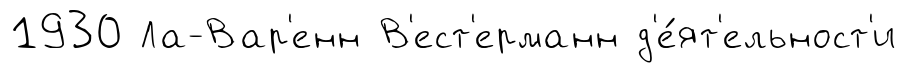
1930 Ла-Вар'енн В'ест'ерманн д'е́ят'ельност'и